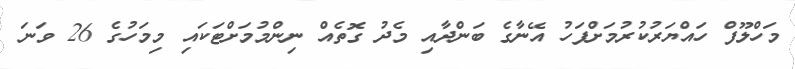
މަހްލޫފް ހައްޔަރުކުރުމަށްފަހު އޭނާގެ ބަންދާއި މެދު ގޮތެއް ނިންމުމަށްޓަކައި މިމަހުގެ 26 ވަނަ